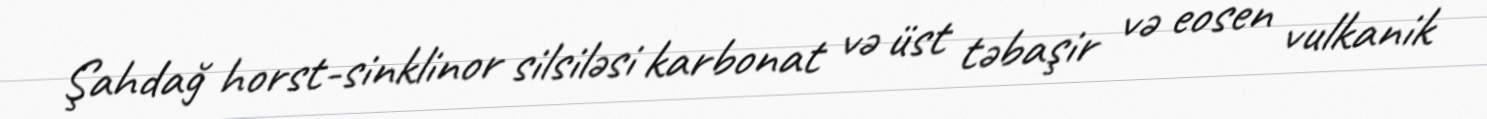
Şahdağ horst-sinklinor silsiləsi karbonat və üst təbaşir və eosen vulkanik